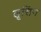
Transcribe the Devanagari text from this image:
लूसिंग